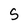
Character: S